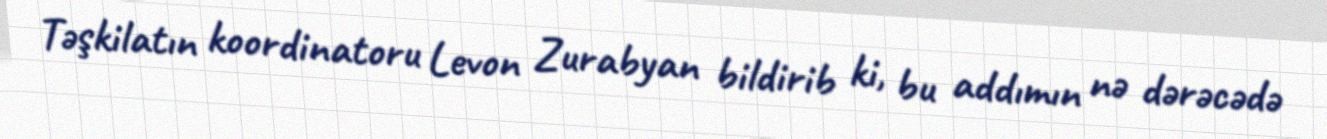
Təşkilatın koordinatoru Levon Zurabyan bildirib ki, bu addımın nə dərəcədə